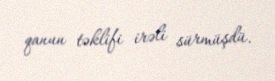
qanun təklifi irəli sürmüşdü.